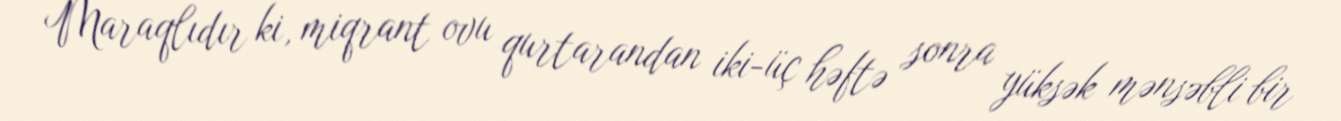
Maraqlıdır ki, miqrant ovu qurtarandan iki-üç həftə sonra yüksək mənsəbli bir